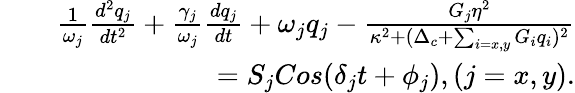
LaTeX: \begin{array}{rlr}&{}&{\frac{1}{\omega_{j}}\frac{d^{2}q_{j}}{dt^{2}}+\frac{\gamma_{j}}{\omega_{j}}\frac{dq_{j}}{dt}+\omega_{j}q_{j}-\frac{G_{j}\eta^{2}}{\kappa^{2}+(\Delta_{c}+\sum_{i=x,y}G_{i}q_{i})^{2}}}\\ &{}&{=S_{j}Cos(\delta_{j}t+\phi_{j}),(j=x,y).}\end{array}